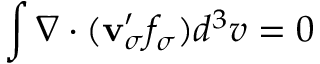
\int \nabla \cdot ( { \bf v } _ { \sigma } ^ { \prime } f _ { \sigma } ) d ^ { 3 } v = 0